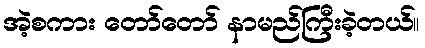
အဲ့စကား တော်တော် နာမည်ကြီးခဲ့တယ်။